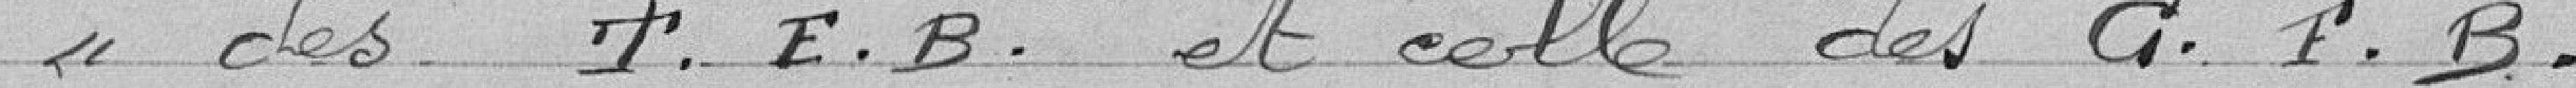
« des T. E.B. et celle des G. F. B.